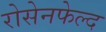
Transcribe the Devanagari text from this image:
रोसेनफेल्द